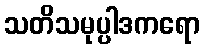
သတိသမုပ္ပါဒကရော